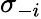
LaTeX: \sigma_{-i}